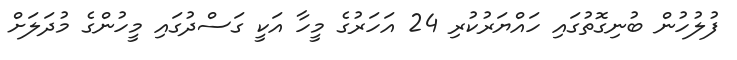
ފުލުހުން ބުނިގޮތުގައި ހައްޔަރުކުރި 24 އަހަރުގެ މީހާ އަކީ ގަސްދުގައި މީހުންގެ މުދަލަށް